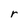
Character: r